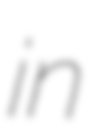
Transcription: in